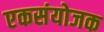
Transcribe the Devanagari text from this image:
एकसंयोजक